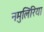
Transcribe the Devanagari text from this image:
नमुलिरिया